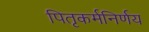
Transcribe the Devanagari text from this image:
पितृकर्मनिर्णय